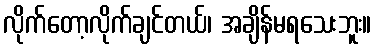
လိုက်တော့လိုက်ချင်တယ်၊ အချိန်မရသေးဘူး။